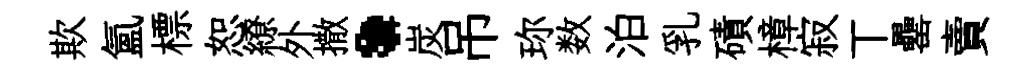
欺氳標恕繚外撒·炭吊珎数泊乳磧樟寂丅罍賣